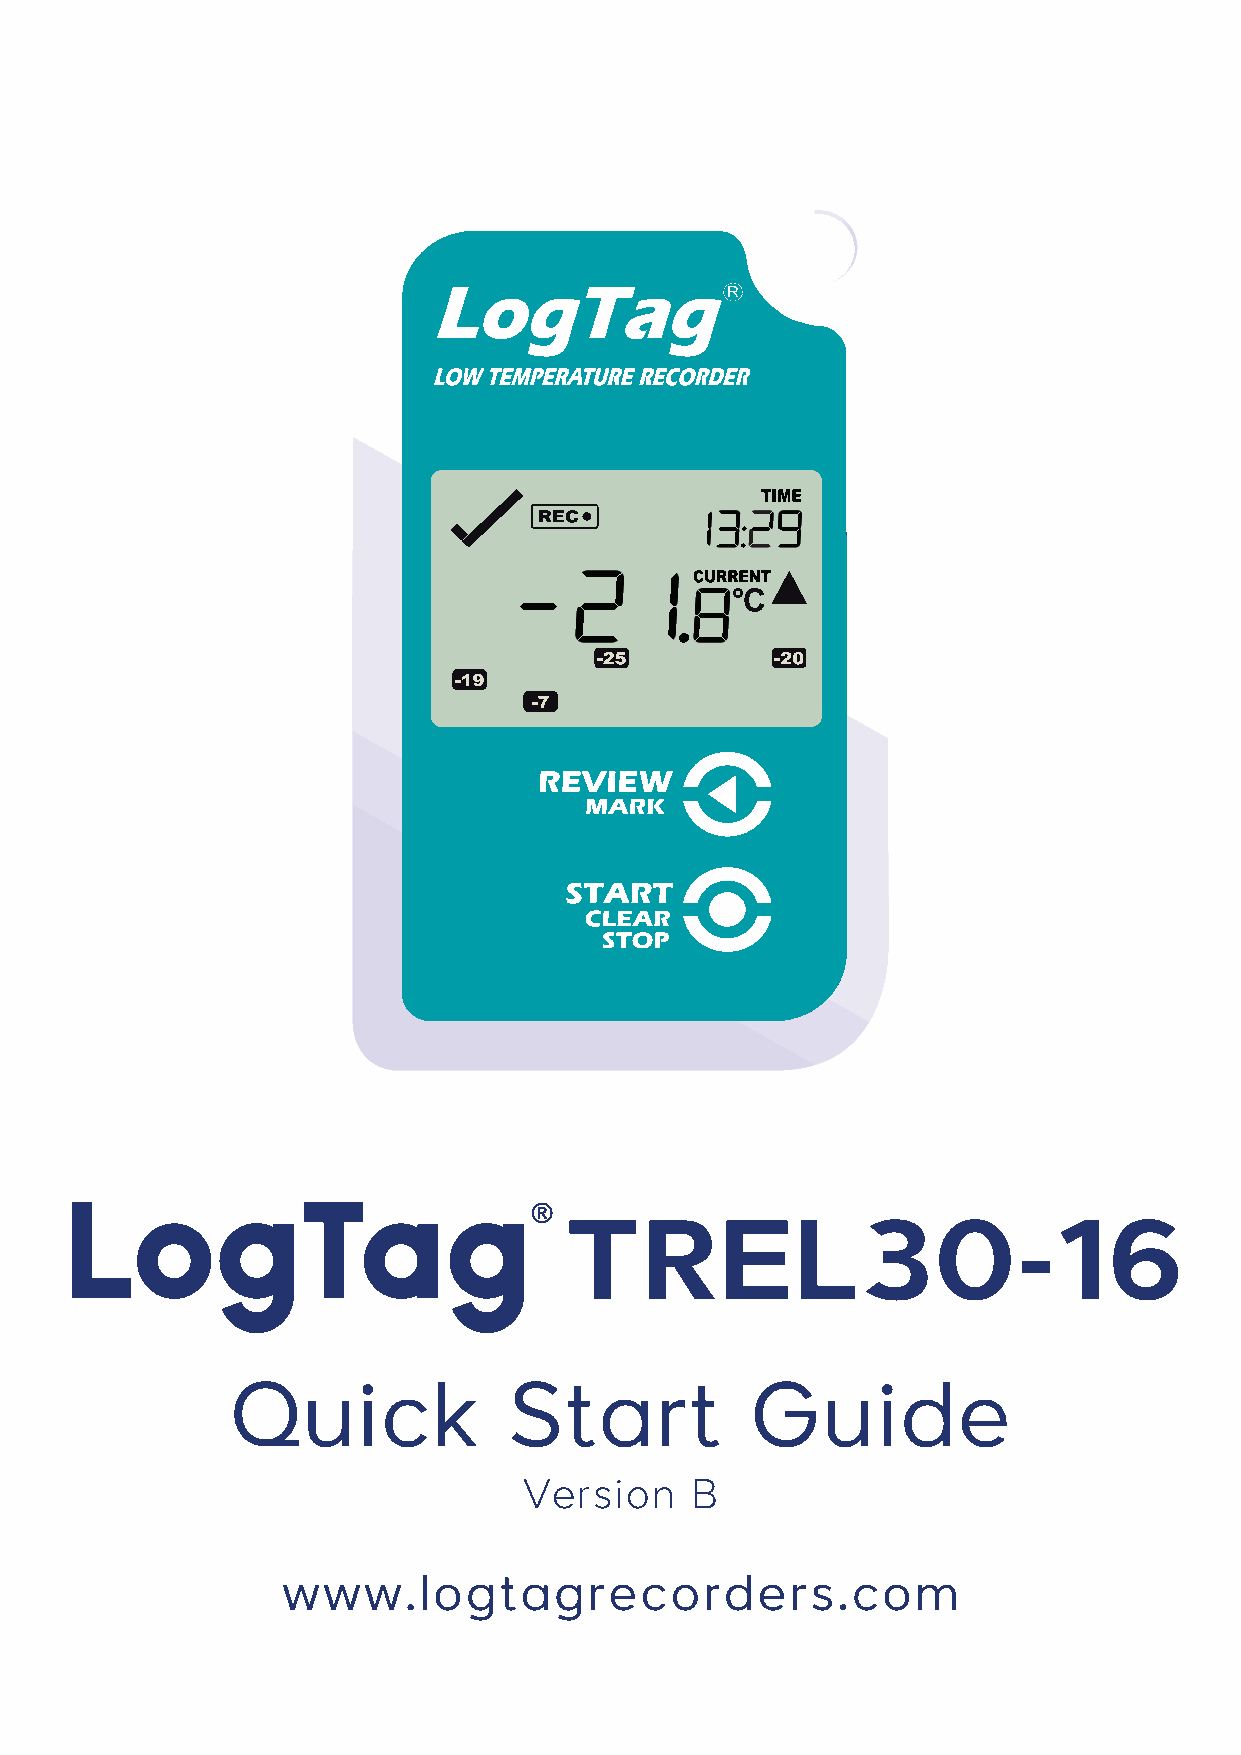
TREL30-16
 Quick              Start           Guide
 Version    B
 www.logtagrecorders.com